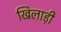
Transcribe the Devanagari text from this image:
खिलाड़ी